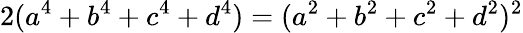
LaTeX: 2(a^{4}+b^{4}+c^{4}+d^{4})=(a^{2}+b^{2}+c^{2}+d^{2})^{2}